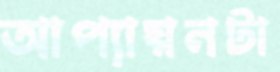
আপ্যায়নটা